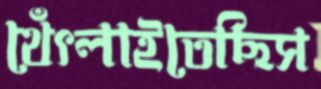
থেঁৎলাইতেছিস